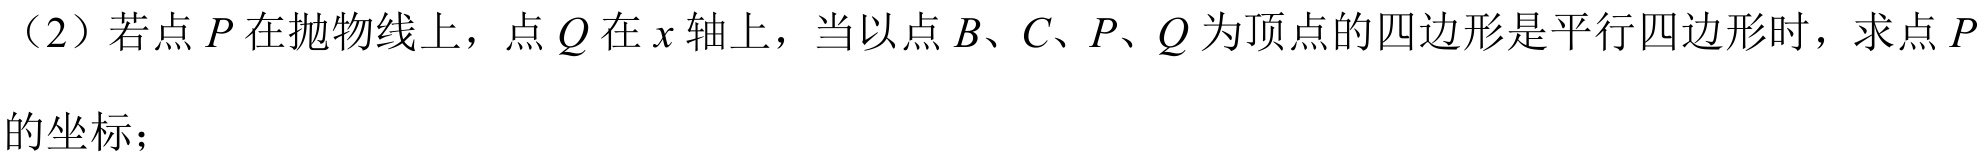
（2）若点\(P\)在抛物线上，点\(Q\)在\(x\)轴上，当以点\(B、C、P、Q\)为顶点的四边形是平行四边形时，求点\(P\)的坐标；